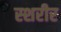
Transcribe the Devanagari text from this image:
स्शरीर